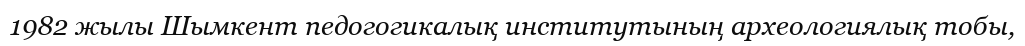
1982 жылы Шымкент педогогикалық институтының археологиялық тобы,